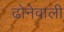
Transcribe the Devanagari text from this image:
ढोनेवाली